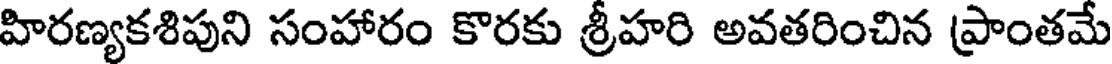
హిరణ్యకశిపుని సంహారం కొరకు శ్రీహరి అవతరించిన ప్రాంతమే